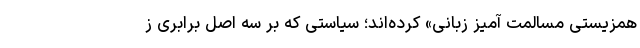
همزیستی مسالمت آمیز زبانی» کرده‌اند؛ سیاستی که بر سه اصل برابری ز